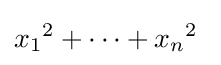
{x_{1}}^{2}+\cdots +{x_{n}}^{2}~